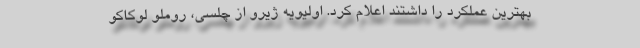
بهترین عملکرد را داشتند اعلام کرد. اولیویه ژیرو از چلسی، روملو لوکاکو